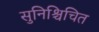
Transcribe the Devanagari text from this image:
सुनिश्चिचित